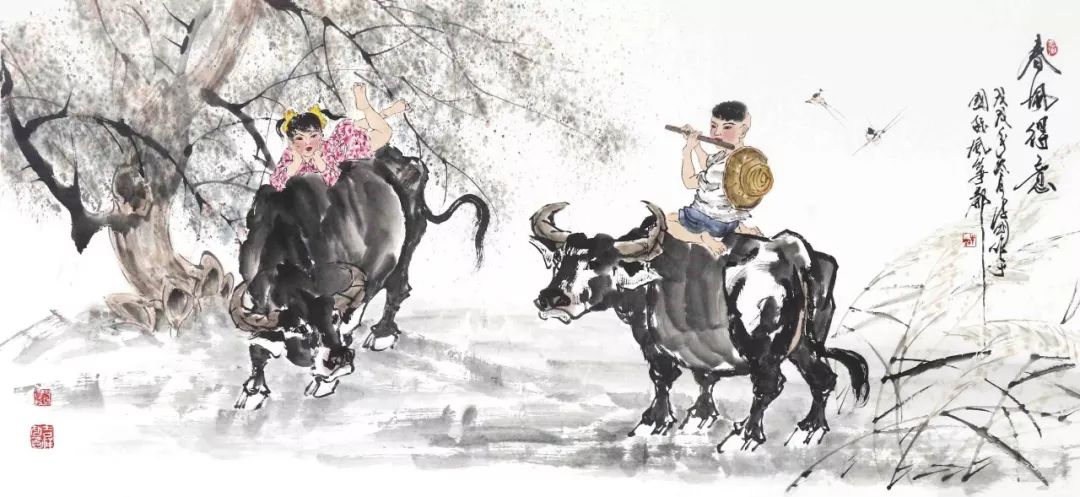
天覆吾，地载吾，天地生吾有意无。